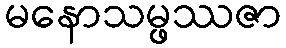
မနောသမ္ဖဿဇာ